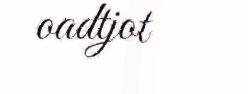
oadtjot